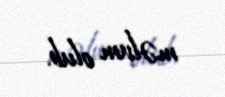
məlum olub.